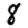
Digit: 8